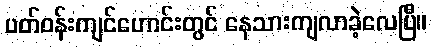
ပတ်ဝန်းကျင်ဟောင်းတွင် နေသားကျလာခဲ့လေပြီ။